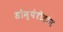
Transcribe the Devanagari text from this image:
डोम्पेरीडोन